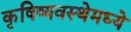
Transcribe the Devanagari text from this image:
कृषिव्यवस्थेमध्ये